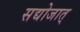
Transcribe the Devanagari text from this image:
सद्योजात्